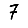
Digit: 7